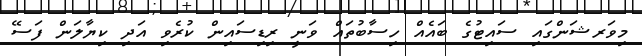
މިވަރޝަންގައި ސައިޓުގެ ބައެއް ހިސާބުތައް ވަނީ ރިޑިސައިން ކުރެވި އަދި ކިޔާލަން ފަސޭ